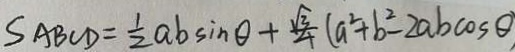
S _ { A B C D } = \frac { 1 } { 2 } a b \sin \theta + \frac { \sqrt { 3 } } { 4 } ( a ^ { 2 } + b ^ { 2 } - 2 a b \cos \theta